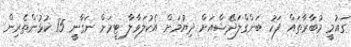
ގައުމީ މުބާރާތައް ފަހު ބަންގްލަދޭޝްއަށް ދިޔުމަށް އެކުލަވާލާ ޓީމަށް ނަގާނީ 15 ކުޅުންތެރިން